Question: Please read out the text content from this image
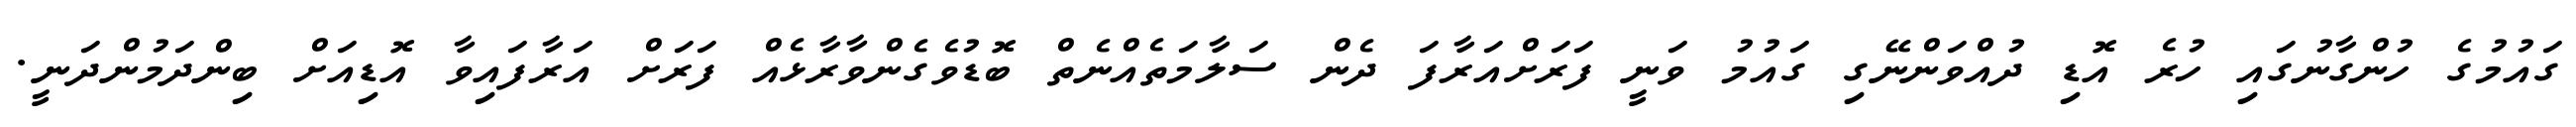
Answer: ގައުމުގެ ހުންގާނުގައި ހުރެ އޮޑި ދުއްވަންނޭގި ގައުމު ވަނީ ފަރަށްއަރާފަ ދެން ސަލާމަތެއްނެތް ބޮޑުވެގެންވާރާޅެއް ފަރަށް އަރާފައިވާ އޮޑިއަށް ބިންދަމުންދަނީ.